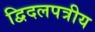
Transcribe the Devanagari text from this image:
द्विदलपत्रीय